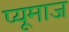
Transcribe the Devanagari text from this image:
प्यूमाज